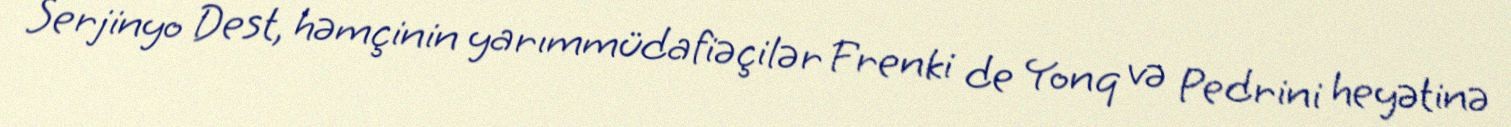
Serjinyo Dest, həmçinin yarımmüdafiəçilər Frenki de Yonq və Pedrini heyətinə